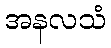
အနလသံ